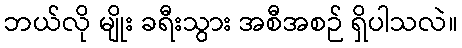
ဘယ်လို မျိုး ခရီးသွား အစီအစဉ် ရှိပါသလဲ။